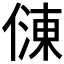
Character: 𠍀